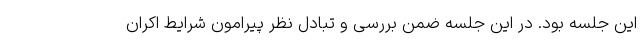
این جلسه بود. در این جلسه ضمن بررسی و تبادل نظر پیرامون شرایط اکران